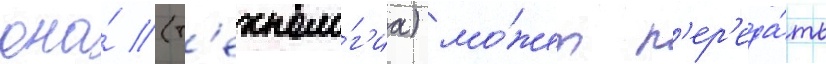
она́ (т'ехноло́г'иа) мо́жет п'ер'еда́ть